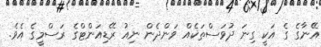
އޭނާގެ ގެ އަކީ ގިނަ ދުވަސްތަކެއް ވަންދެން ނިއު ރޭޑިއަންޓްގެ ރަސްމީގެ އެވެ.